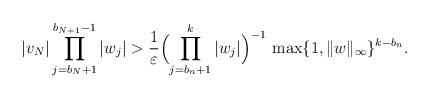
LaTeX: \begin{align*} |v_N|\prod_{j=b_N+1}^{b_{N+1}-1}|w_j|>\dfrac{1}{\varepsilon }\Bigl(\prod_{j=b_n+1}^{k}|w_j|\Bigr)^{-1}\,\max\{1,\|w\|_{\infty}\}^{k-b_n}.\end{align*}